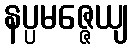
နပ္ပမဇ္ဇေယျ